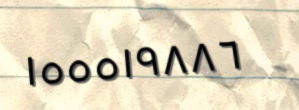
١٥٥٥١٩٨٨٦